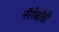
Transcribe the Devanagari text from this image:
नॅरोबॉडी